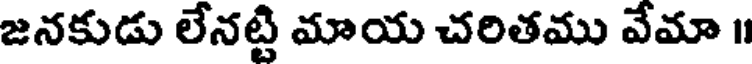
జనకుడు లేనట్టి మాయ చరితము వేమా ॥